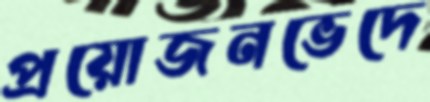
প্রয়োজনভেদে